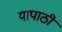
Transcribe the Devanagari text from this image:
यापाठी